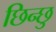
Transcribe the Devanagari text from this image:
छिन्छु